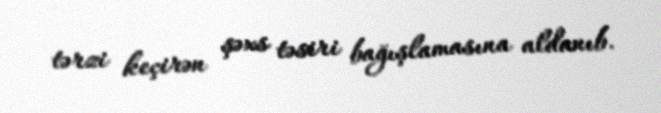
tərzi keçirən şəxs təsiri bağışlamasına aldanıb.